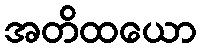
အတိထယော